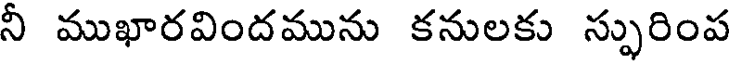
నీ ముఖారవిందమును కనులకు స్ఫురింప